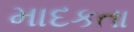
માદકતા